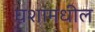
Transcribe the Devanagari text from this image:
घशामधील